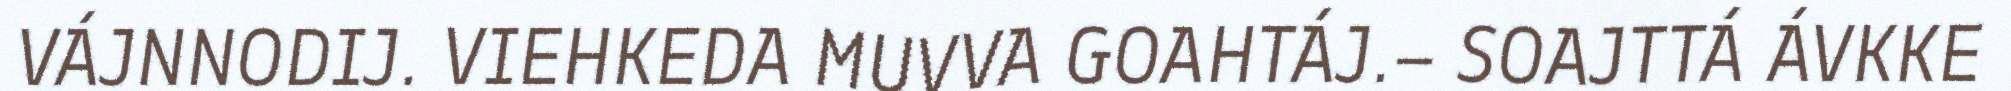
VÁJNNODIJ. VIEHKEDA MUVVA GOAHTÁJ.– SOAJTTÁ ÁVKKE